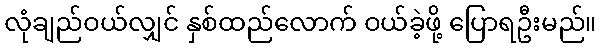
လုံချည်ဝယ်လျှင် နှစ်ထည်လောက် ဝယ်ခဲ့ဖို့ ပြောရဦးမည်။